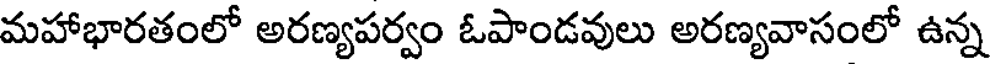
మహాభారతంలో అరణ్యపర్వం ఓపాండవులు అరణ్యవాసంలో ఉన్న